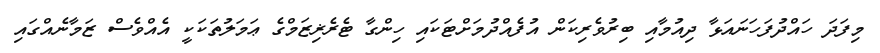
މިފަދަ ހައްދުފަހަނައަޅާ ދިއުމާއި ބިރުވެރިކަން އުފެއްދުމަށްޓަކައި ހިންގާ ޓެރެޜިޒަމްގެ ޢަމަލުތަކަކީ އެއްވެސް ޒަމާނެއްގައި